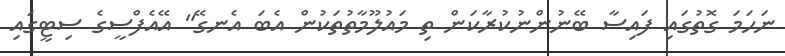
ނަހަމަ ގޮތުގައި ފައިސާ ބޭނުންނުކުރާކަން ތި މައުލޫމާތުތަކުން އެބަ އެނގޭ" އޭއެފްސީގެ ސިޓީގައި